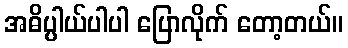
အဓိပ္ပါယ်ပါပါ ပြောလိုက် တော့တယ်။